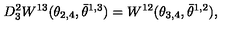
D _ { 3 } ^ { 2 } W ^ { 1 3 } ( \theta _ { 2 , 4 } , \bar { \theta } ^ { 1 , 3 } ) = W ^ { 1 2 } ( \theta _ { 3 , 4 } , \bar { \theta } ^ { 1 , 2 } ) ,